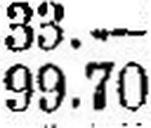
99.70